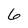
Character: 6